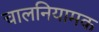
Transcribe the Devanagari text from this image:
चालनियामक